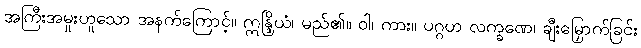
အကြီးအမှုးဟူသော အနက်ကြောင့်။ ဣန္ဒြိယံ၊ မည်၏။ ဝါ၊ ကား။ ပဂ္ဂဟ လက္ခဏေ၊ ချီးမြှောက်ခြင်း